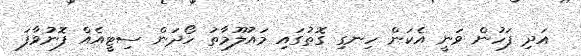
އަދި ފަހުން ވަނީ އެކަން ހިނގި ގޮތުގައި މައުލޫމާތު ހޯދަން ސިޓީއެއް ފޮނުވާފަ